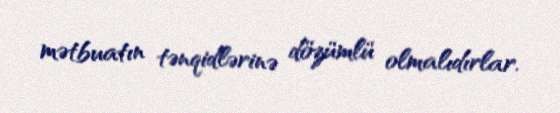
mətbuatın tənqidlərinə dözümlü olmalıdırlar.